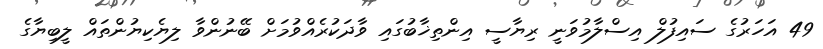
49 އަހަރުގެ ސައިފުލް އިސްލާމުވަނީ ރިޔާސީ އިންތިޚާބުގައި ވާދަކުރެއްވުމަށް ބޭނުންވާ ލިޔެކިޔުންތައް ލީބިޔާގެ